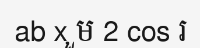
ab x ួម 2 cos រ